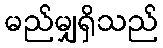
မည်မျှရှိသည်